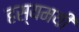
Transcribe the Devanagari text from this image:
हस्यमयी